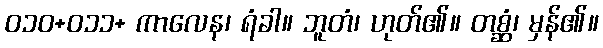
ဝ၁၀+၀၁၁+ ကာလေန၊ ရံခါ။ ဘူတံ၊ ဟုတ်၏။ တစ္ဆံ၊ မှန်၏။